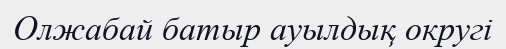
Олжабай батыр ауылдық округі